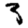
Digit: 3